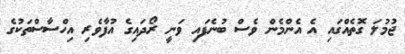
ޖުމުލަ ގޮތެއްގައި އެ އެންމެން ވެސް ބުނެފައި ވަނީ ރޯދައިގެ އުފާވެރި އިހްސާސްތަކުގެ